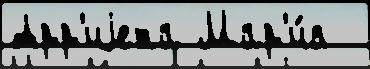
Арр'иjета Мар'и́я